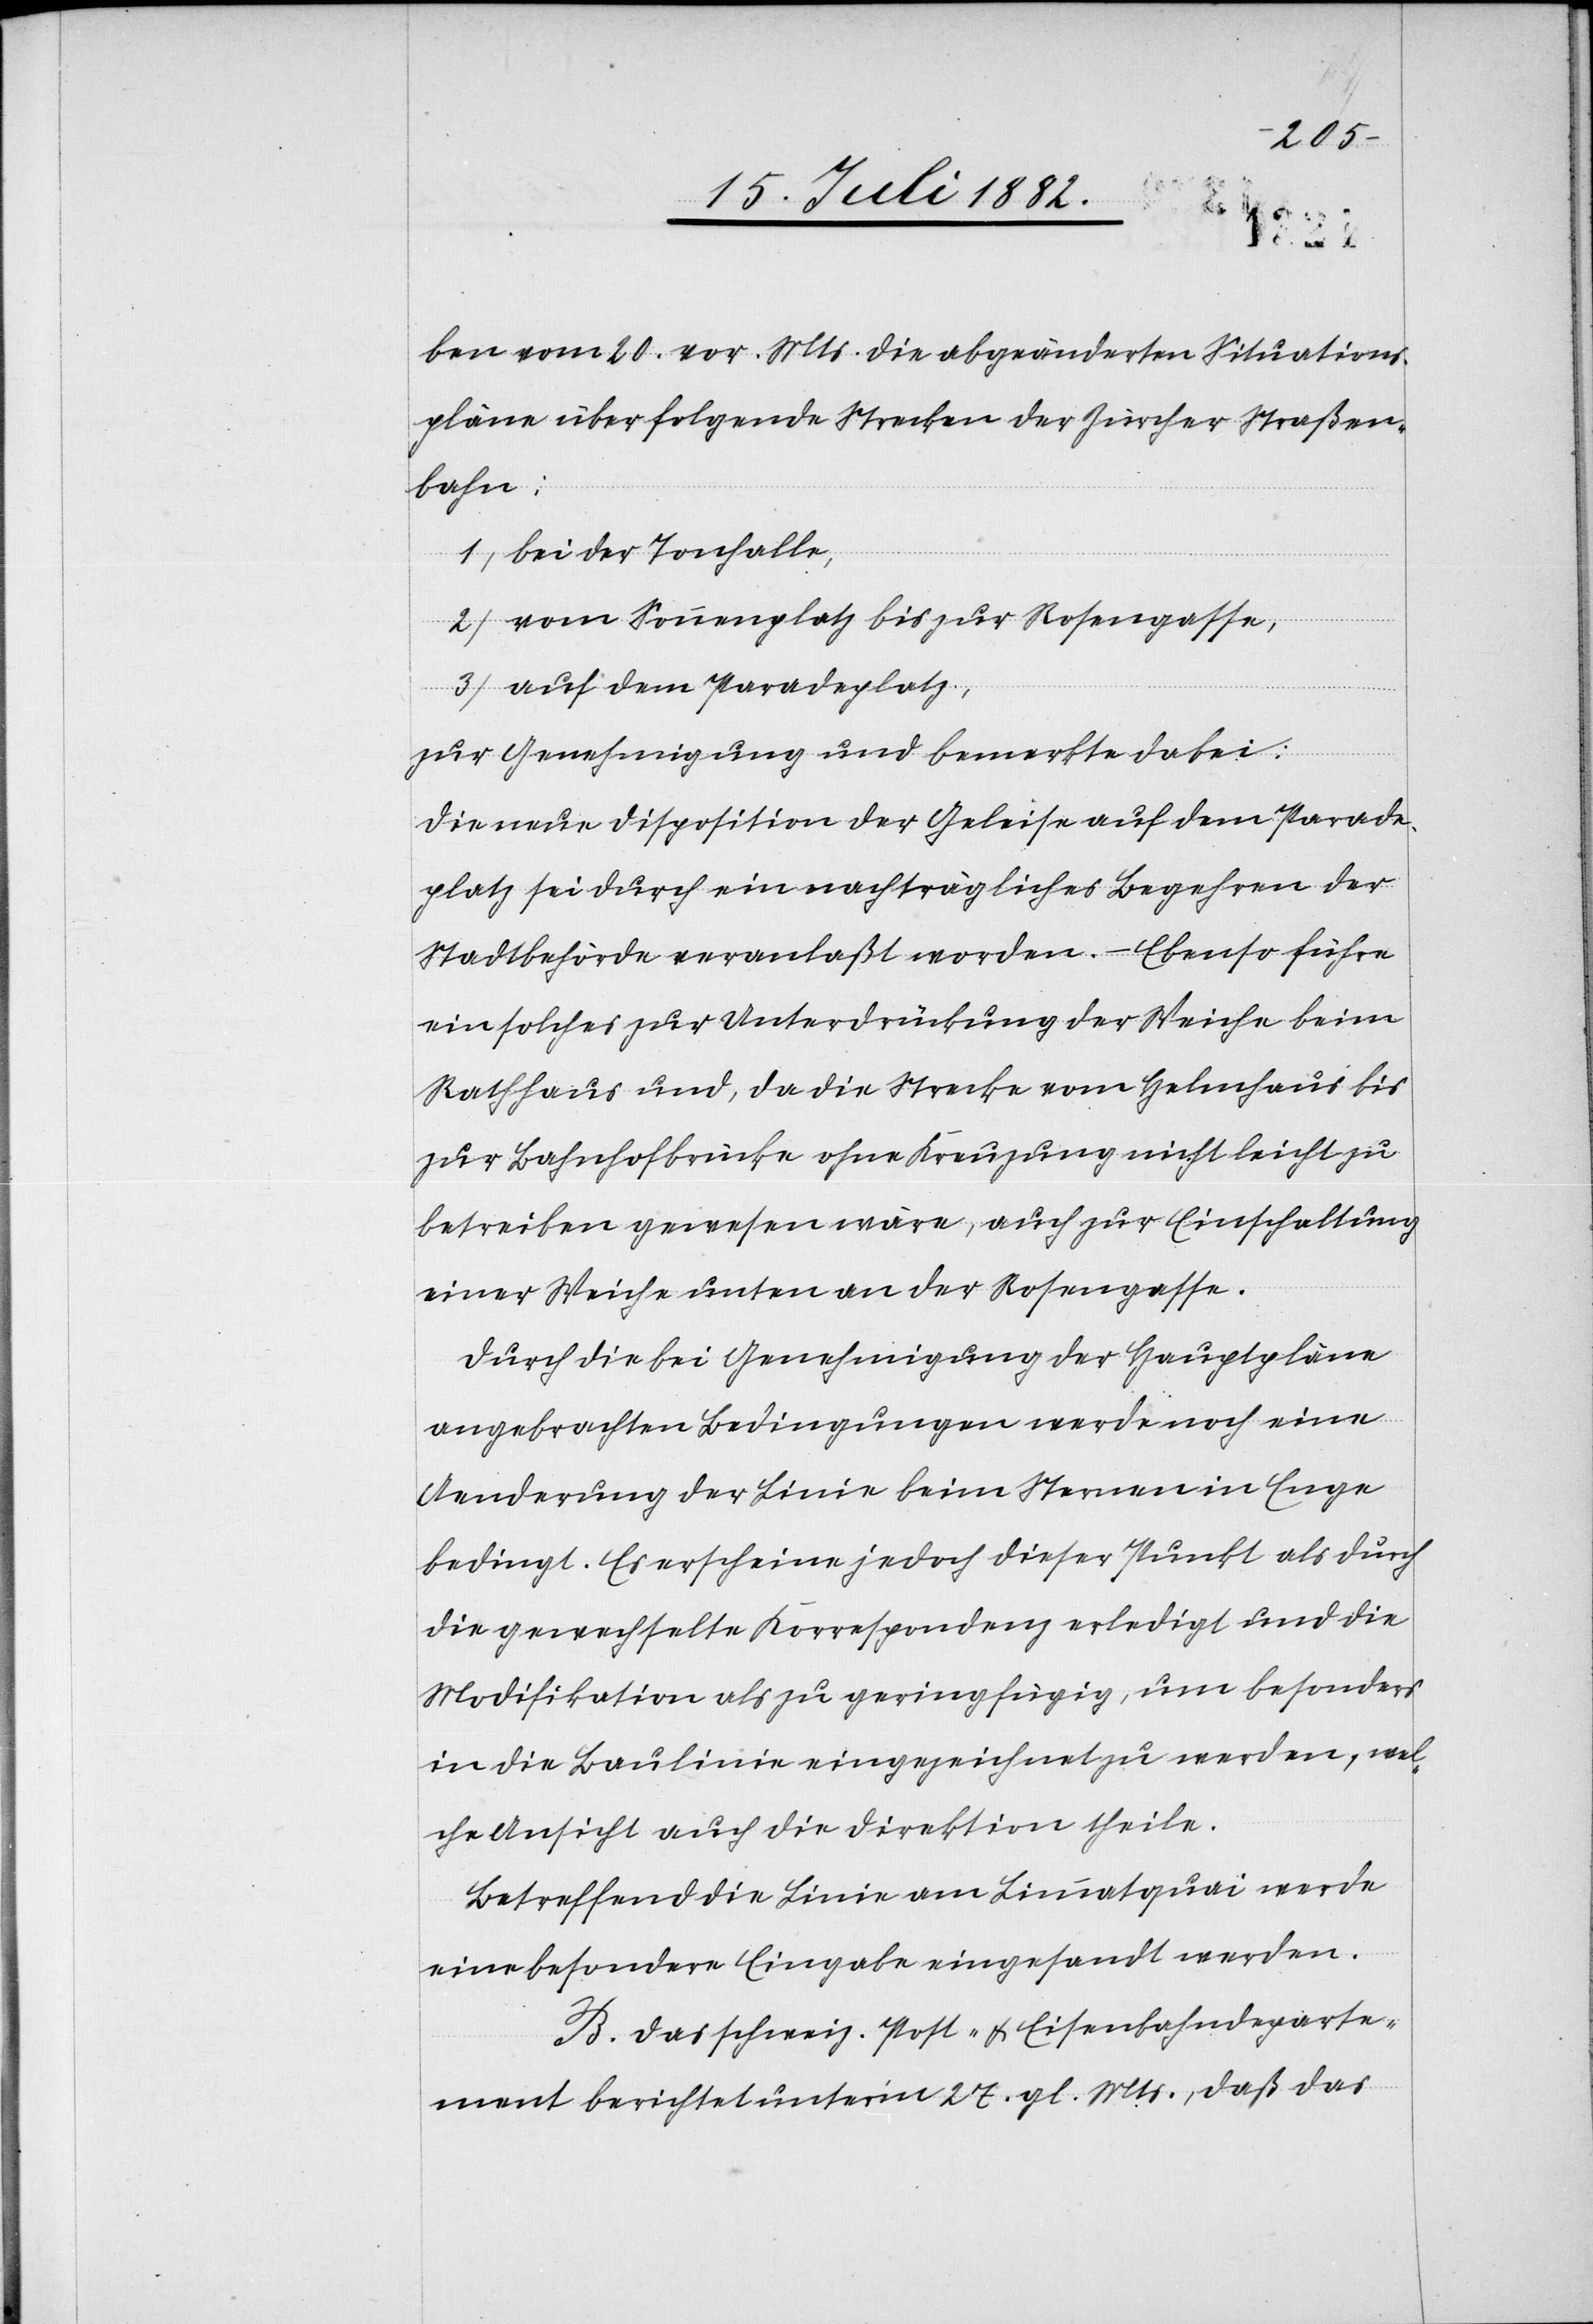
ben vom 20. vor. Mts. die abgeänderten Situations¬
pläne über folgende Strecken der Zürcher Straßen¬
bahn:
1) bei der Tonhalle
2) vom Sonnenplatz bis zur Rosengasse,
3) auf dem Paradeplatz,
zur Genehmigung und bemerkte dabei:
Die neue Disposition der Geleise auf dem Parade¬
platz sei durch ein nachträgliches Begehren der
Stadtbehörde veranlaßt worden. – Ebenso führe
ein solches zur Unterdrückung der Weiche beim
Rathhaus und, da die Strecke vom Helmhaus bis
zur Bahnhofbrücke ohne Kreuzung nicht leicht zu
betreiben gewesen wäre, auch zur Einschaltung
einer Weiche unten an der Rosengasse.
Durch die bei Genehmigung der Hauptpläne
angebrachten Bedingungen werde noch eine
Aenderung der Linie beim Sternen in Enge
bedingt. Es erscheine jedoch dieser Punkt als durch
die gewechselte Korrespondenz erledigt und die
Modifikation als zu geringfügig, um besonders
in die Baulinie eingezeichnet zu werden, wel¬
che Ansicht auch die Direktion theile.
Betreffend die Linie am Limmatquai werde
eine besondere Eingabe eingesandt werden.
B. Das schweiz. Post- & Eisenbahndeparte¬
ment berichtet unter’m 27. gl. Mts., daß das